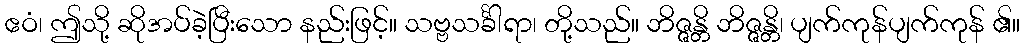
ဧဝံ၊ ဤသို့ ဆိုအပ်ခဲ့ပြီးသော နည်းဖြင့်။ သဗ္ဗသင်္ခါရာ၊ တို့သည်။ ဘိဇ္ဇန္တိ ဘိဇ္ဇန္တိ၊ ပျက်ကုန်ပျက်ကုန် ၏။